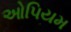
ઓપિયમ